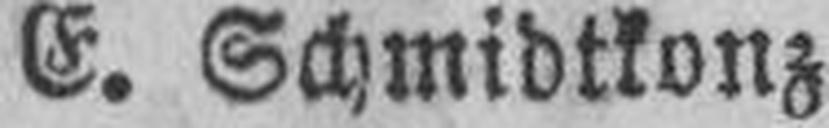
E. Schmidtkonz